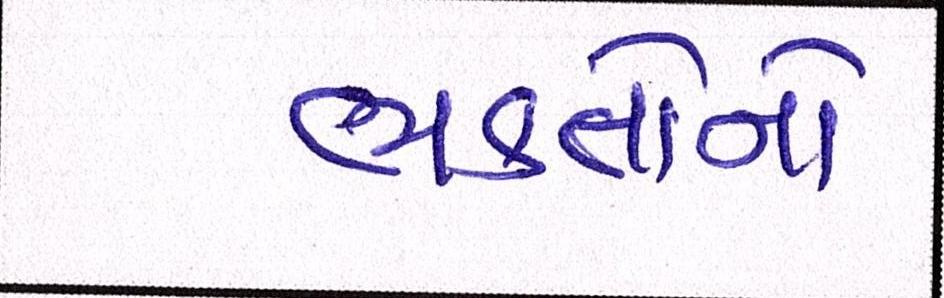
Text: ભક્તોનો